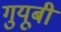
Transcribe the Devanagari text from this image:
गुयूबी